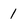
Character: 1